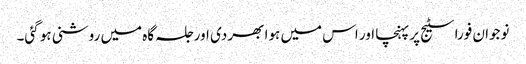
نوجوان فورا سٹیج پر پہنچا اور اس میں ہوا بھر دی اور جلسہ گاہ میں روشنی ہو گئی۔